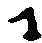
に